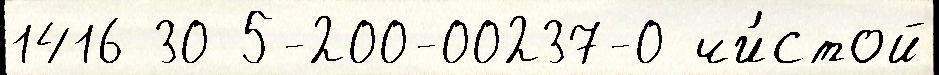
1416 30 5-200-00237-0 чи́стой